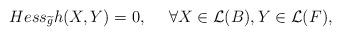
LaTeX: \begin{align*} Hess_{\widetilde{g}}h(X,Y)=0, \ \ \ \ \forall X\in\mathcal{L}(B),Y\in\mathcal{L}(F),\end{align*}